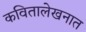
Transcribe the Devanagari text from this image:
कवितालेखनात